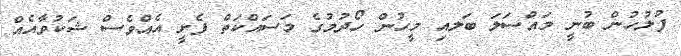
ފުލުހުން ބުނީ މައްސަލަ ބަަލއި މީހުން ހޯދުމުގެ މަސައްކަތް ފެށީ އެއްވެސް ޝަކުވާއެއް